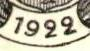
1922